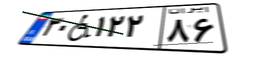
۳۰W۱۲۲۸۶